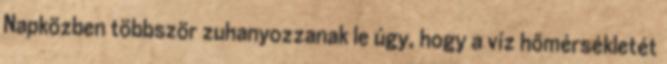
Napközben többször zuhanyozzanak le úgy, hogy a víz hőmérsékletét